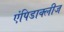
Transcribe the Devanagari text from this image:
एंपिडाक्लीज